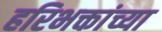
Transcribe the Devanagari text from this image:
हरिभक्तांच्या